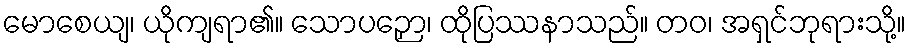
မောစေယျ၊ ယိုကျရာ၏။ သောပဉှော၊ ထိုပြဿနာသည်။ တဝ၊ အရှင်ဘုရားသို့။